Report on the working of the mental hospitals for Indians in Bihar and Orissa - 1925-1929
Year: 1925
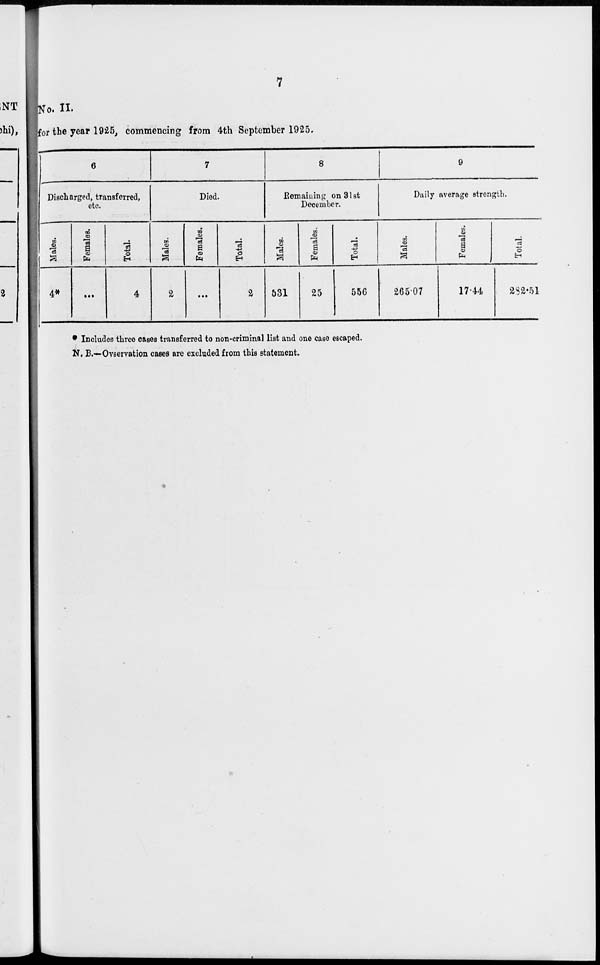
7
No. II.
for the year 1925, commencing from 4th September 1925.
6
Discharged, transferred,
etc.
Males.
4*
Females.
...
Total.
4
7
Died.
Males.
2
Females.
...
Total.
2
8
Remaining on 31st
December.
Males.
531
Females.
25
Total.
556
9
Daily average strength.
Males.
265.07
Females.
17.44
Total.
282.51
* Includes three cases transferred to non-criminal list and one case escaped.
N. B.—Ovservation cases are excluded from this statement.